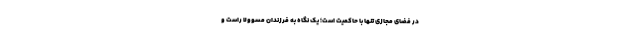
در فضای مجازی تنها با حاکمیت است؛ یک نگاه به فرزندان مسوولا راست و